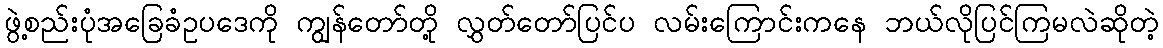
ဖွဲ့စည်းပုံအခြေခံဥပဒေကို ကျွန်တော်တို့ လွှတ်တော်ပြင်ပ လမ်းကြောင်းကနေ ဘယ်လိုပြင်ကြမလဲဆိုတဲ့